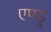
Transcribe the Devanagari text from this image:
एण्ड्र